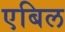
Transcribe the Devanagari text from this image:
एबिल